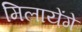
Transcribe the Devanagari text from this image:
मिलायेंगे